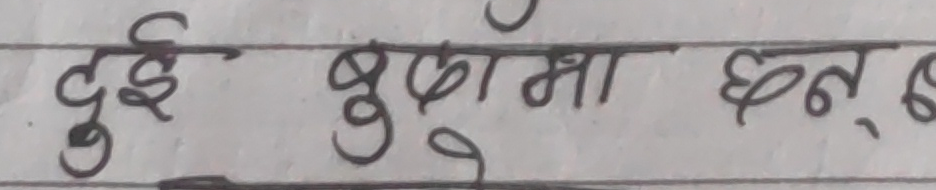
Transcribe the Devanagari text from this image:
दुई बुकाेमा छन, छ